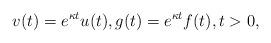
LaTeX: \begin{align*} v(t)=e^{\kappa t}u(t), g(t)=e^{\kappa t}f(t), t > 0, \end{align*}